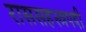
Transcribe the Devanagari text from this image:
राससहस्त्रपदी